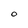
Character: O